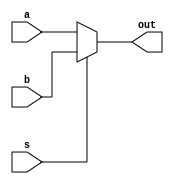
`timescale 1ns / 1ps
//////////////////////////////////////////////////////////////////////////////////
// Company: 
// 
// Design Name: 
// Module Name:    mux2to1_5b 
// Project Name: 
// Target Devices: 
// Tool versions: 
// Description: 
//
// Dependencies: 
//
// Revision: 
// Revision 0.01 - File Created
// Additional Comments: 
//
//////////////////////////////////////////////////////////////////////////////////
module mux2to1_5b(input [4:0] a, input [4:0] b, input s, output [4:0] out
    );

assign out = (s == 1'b0)? a : b;
endmodule